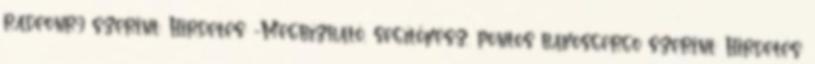
radeonr9 szerint: Hirdetés: -Megbízható, segítőkész, pontos bakosgergo szerint: Hirdetés: